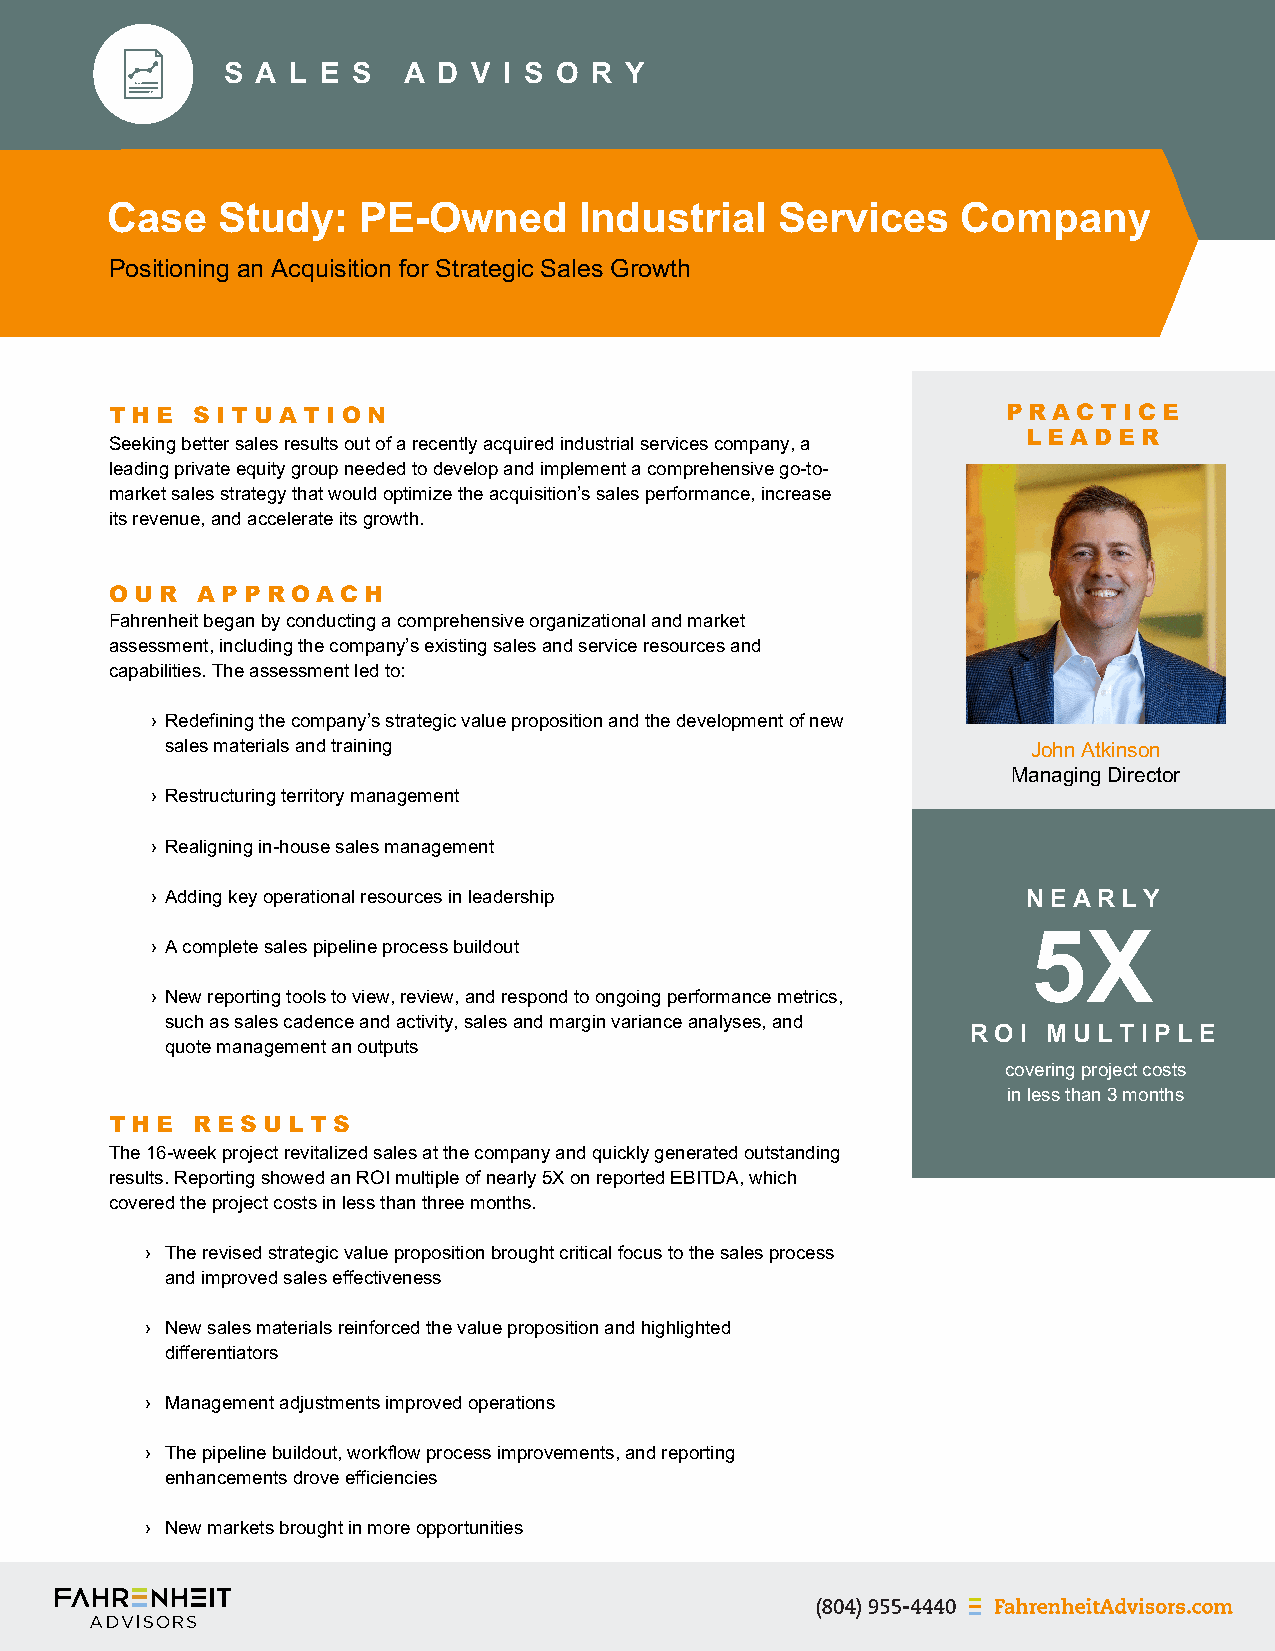
S A L E S   A D V I S O R Y
 Case   Study:    PE-Owned      Industrial    Services    Company
 Positioning an Acquisition for Strategic Sales Growth
 T HE  S IT UAT ION                                          P RACT ICE
 Seeking better sales results out of a recently acquired industrial services company, a L E ADE R
 leading private equity group needed to develop and implement a comprehensive go-to-
 market sales strategy that would optimize the acquisition’s sales performance, increase
 its revenue, and accelerate its growth.
 OUR   AP P ROACH
 Fahrenheit began by conducting a comprehensive organizational and market
 assessment, including the company’s existing sales and service resources and
 capabilities. The assessment led to:
 › Redefining the company’s strategic value proposition and the development of new
 sales materials and training                             John Atkinson
 Managing Director
 › Restructuring territory management
 › Realigning in-house sales management
 › Adding key operational resources in leadership          NEARL   Y
 5X
 › A complete sales pipeline process buildout
 › New reporting tools to view, review, and respond to ongoing performance metrics,
 such as sales cadence and activity, sales and margin variance analyses, and
 RO  I M UL T I PL E
 quote management an outputs
 covering project costs
 in less than 3 months
 T HE  RE S UL T S
 The 16-week project revitalized sales at the company and quickly generated outstanding
 results. Reporting showed an ROI multiple of nearly 5X on reported EBITDA, which
 covered the project costs in less than three months.
 › The revised strategic value proposition brought critical focus to the sales process
 and improved sales effectiveness
 › New sales materials reinforced the value proposition and highlighted
 differentiators
 › Management adjustments improved operations
 › The pipeline buildout, workflow process improvements, and reporting
 enhancements drove efficiencies
 › New markets brought in more opportunities